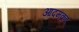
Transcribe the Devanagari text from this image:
आदमक़द